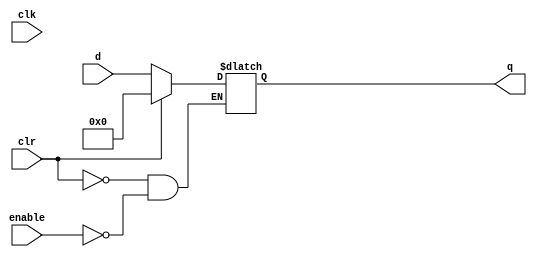

`timescale 1ns/10ps

module Registers(input wire clk, input wire clr, input wire enable, input wire [31:0] d, output reg [31:0] q);	
	always@(clk) 
	begin
		if (clr) begin
			q[31:0] <= 32'b0;
		end
		else if(enable) begin
			q[31:0] <= d[31:0];
		end
	end
endmodule